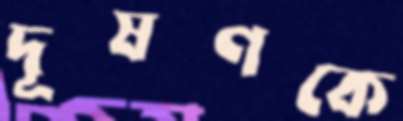
দূষণকে